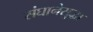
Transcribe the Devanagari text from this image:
संघानेसुद्धा